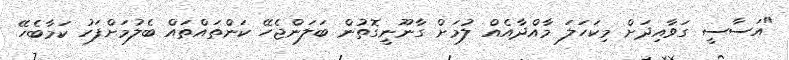
"އަސާސީ ގަވާއިދަށް މިކަހަލަ މާއްދާއެއް ލުމަށް ގާނޫނީގޮތުން ބަލަންޖެހޭ ކަންތައްތައް ބެލުމަށްފަހު ކަމާބެހޭ